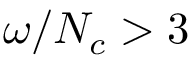
\omega / N _ { c } > 3